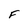
Character: F